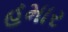
હમાર